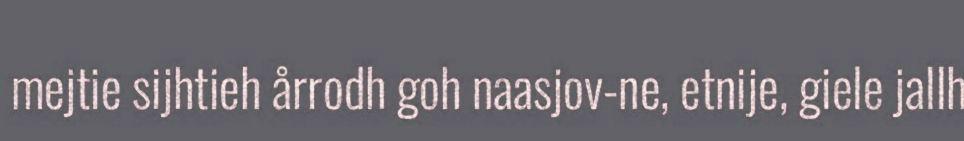
mejtie sijhtieh årrodh goh naasjov-ne, etnije, giele jallh